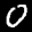
Label: 0